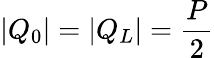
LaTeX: |Q_{0}|=|Q_{L}|={\frac{P}{2}}